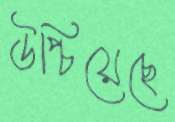
উপ্‌চিয়েছে